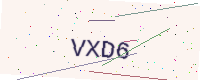
Text: VXD6